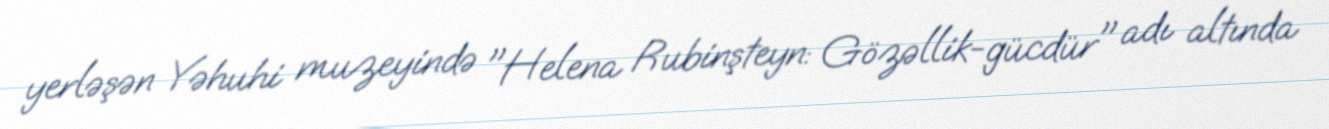
yerləşən Yəhuhi muzeyində "Helena Rubinşteyn: Gözəllik-gücdür" adı altında